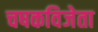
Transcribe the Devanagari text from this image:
चषकविजेता